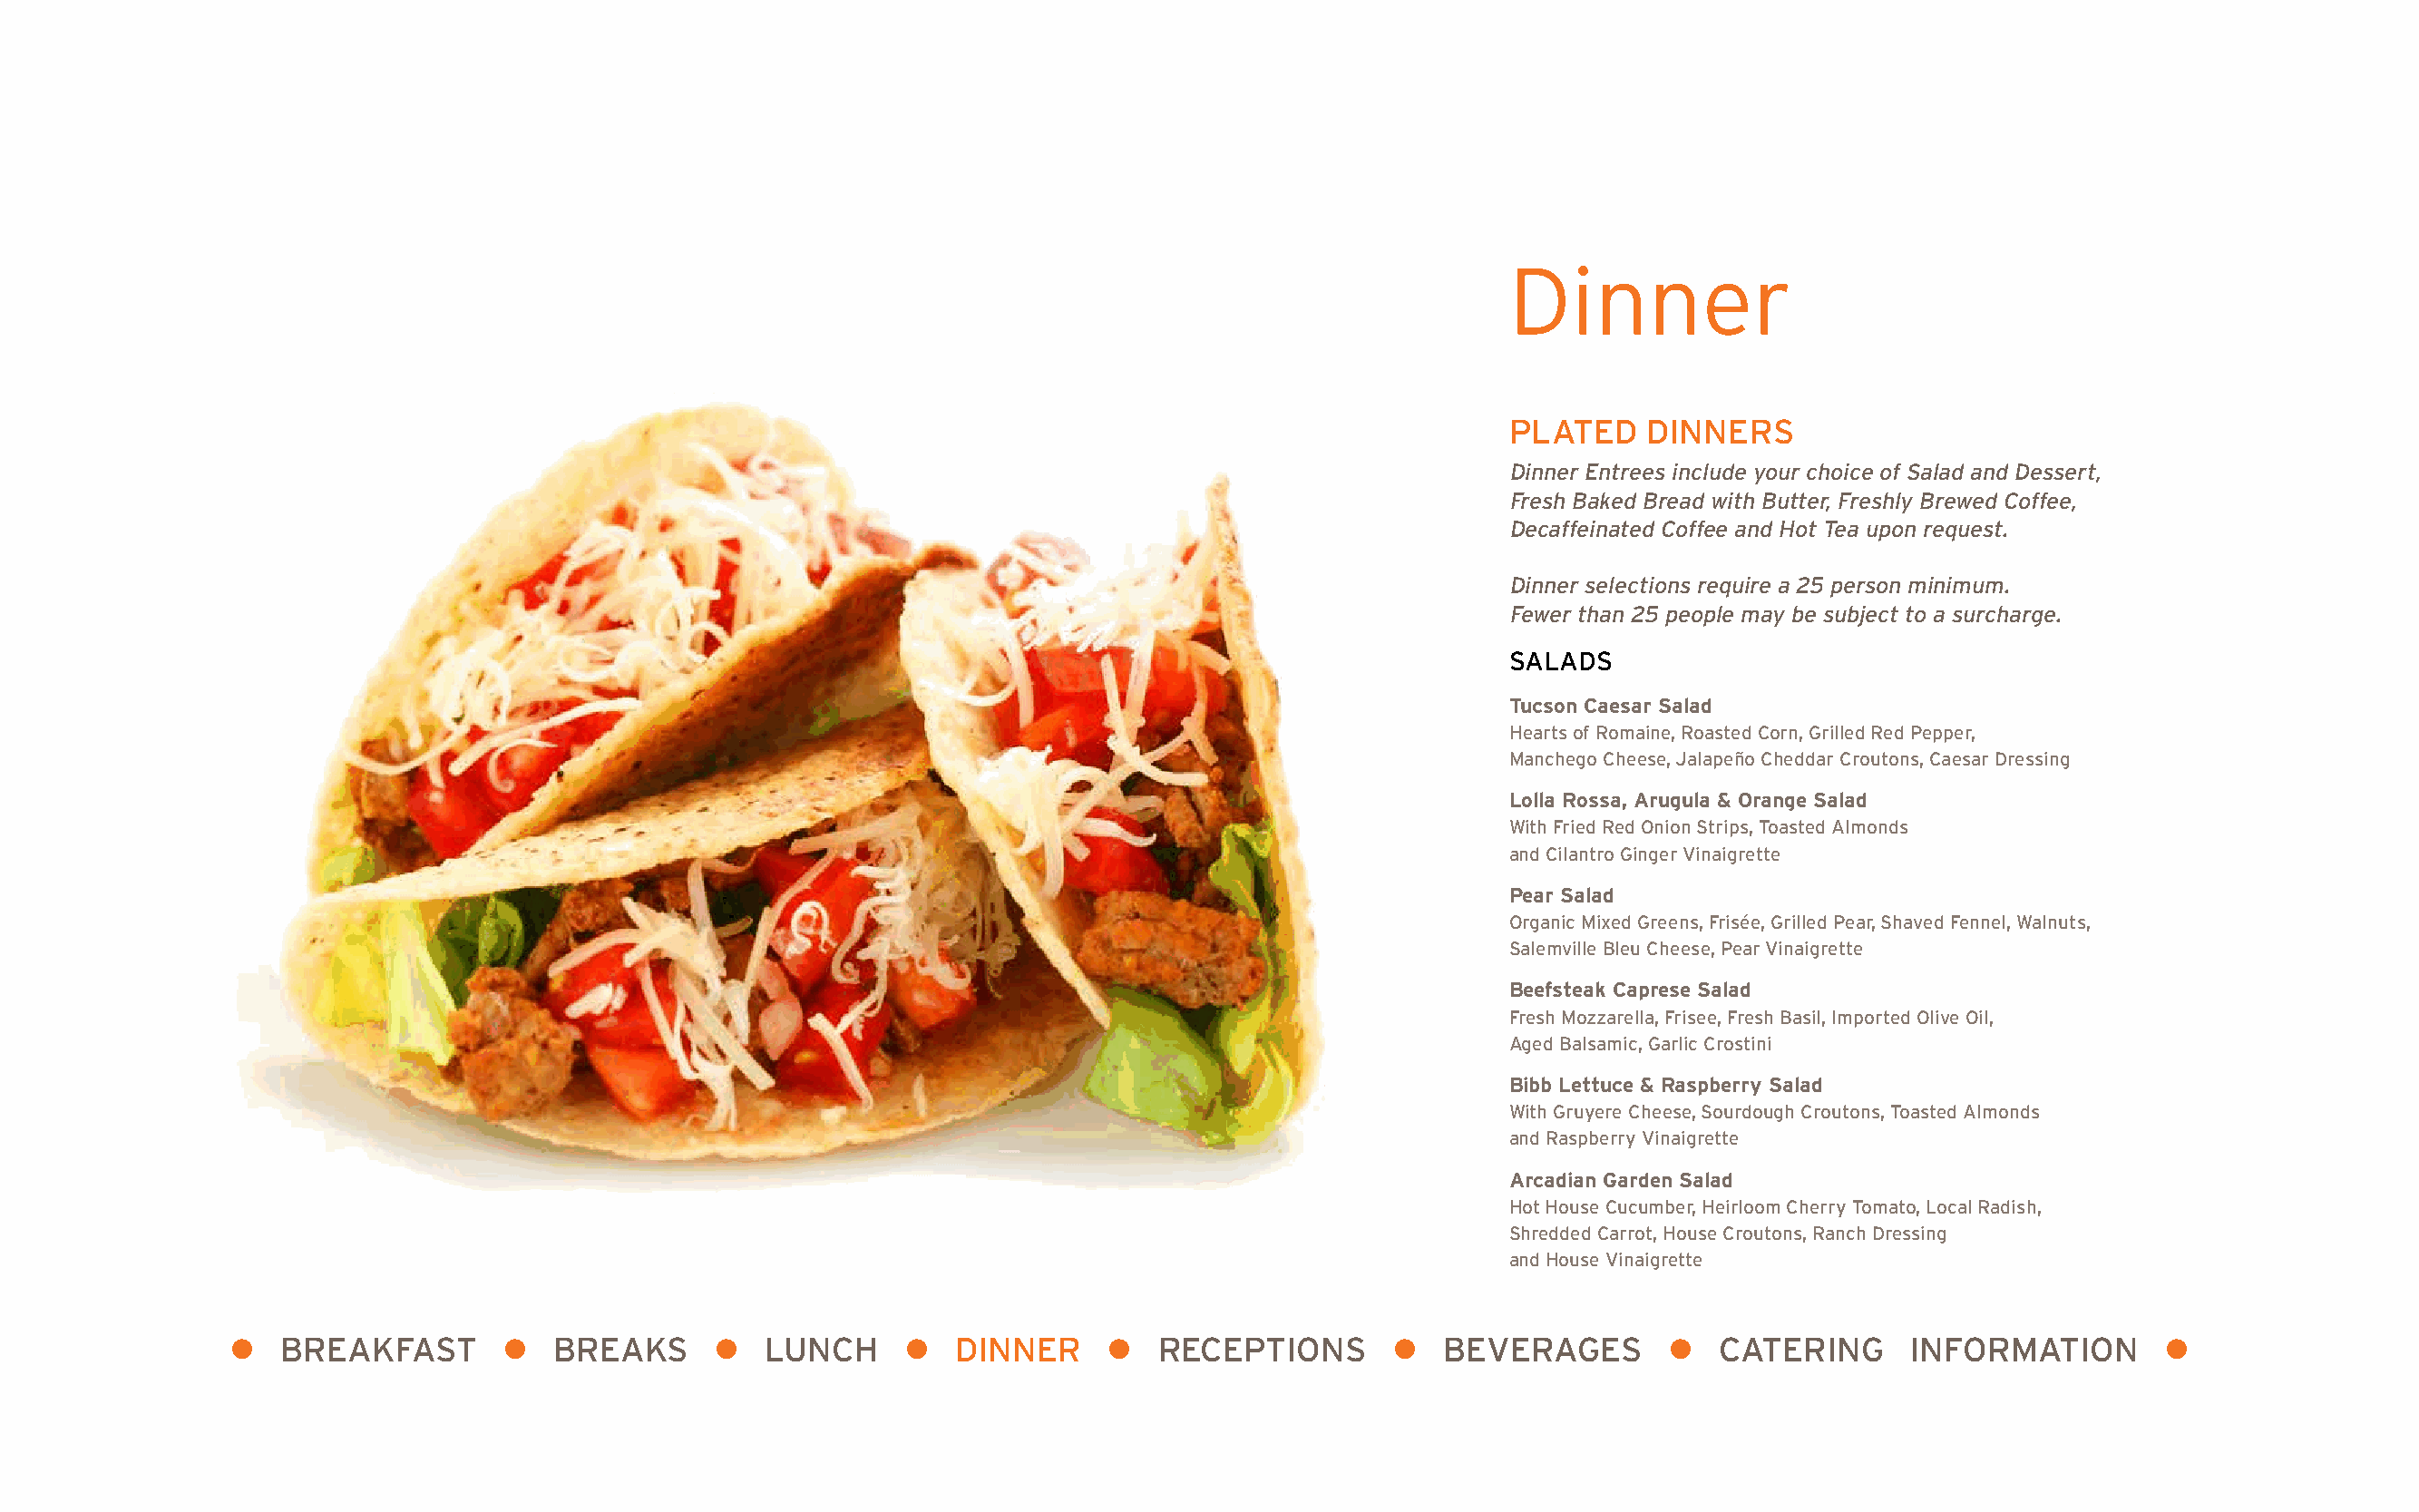
Dinner
 PLATED    DINNERS
 Dinner Entrees include your choice of Salad and Dessert,
 Fresh Baked Bread with Butter, Freshly Brewed Coffee,
 Decaffeinated Coffee and Hot Tea upon request.
 Dinner selections require a 25 person minimum.
 Fewer than 25 people may be subject to a surcharge.
 SALADS
 Tucson Caesar Salad
 Hearts of Romaine, Roasted Corn, Grilled Red Pepper,
 Manchego Cheese, Jalapeño Cheddar Croutons, Caesar Dressing
 Lolla Rossa, Arugula & Orange Salad
 With Fried Red Onion Strips, Toasted Almonds
 and Cilantro Ginger Vinaigrette
 Pear Salad
 Organic Mixed Greens, Frisée, Grilled Pear, Shaved Fennel, Walnuts,
 Salemville Bleu Cheese, Pear Vinaigrette
 Beefsteak Caprese Salad
 Fresh Mozzarella, Frisee, Fresh Basil, Imported Olive Oil,
 Aged Balsamic, Garlic Crostini
 Bibb Lettuce & Raspberry Salad
 With Gruyere Cheese, Sourdough Croutons, Toasted Almonds
 and Raspberry Vinaigrette
 Arcadian Garden Salad
 Hot House Cucumber, Heirloom Cherry Tomato, Local Radish,
 Shredded Carrot, House Croutons, Ranch Dressing
 and House Vinaigrette
 l  BREAKFAST        l  BREAKS      l   LUNCH     l   DINNER     l   RECEPTIONS       l  BEVERAGES        l  CATERING      INFORMATION        l